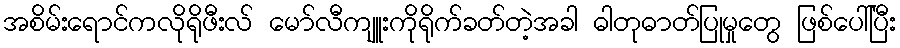
အစိမ်းရောင်ကလိုရိုဖီးလ် မော်လီကျူးကိုရိုက်ခတ်တဲ့အခါ ဓါတုဓာတ်ပြုမှုတွေ ဖြစ်ပေါ်ပြီး